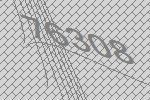
76308